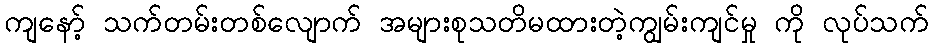
ကျနော့် သက်တမ်းတစ်လျောက် အများစုသတိမထားတဲ့ကျွမ်းကျင်မှု ကို လုပ်သက်